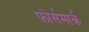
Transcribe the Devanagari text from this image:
फ़ोर्समार्क